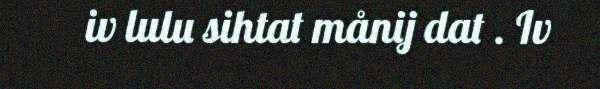
iv lulu sihtat månij dat . Iv